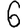
Digit: 6